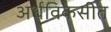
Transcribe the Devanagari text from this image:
अर्धविकसीत